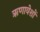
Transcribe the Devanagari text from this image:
ऋणावेशों